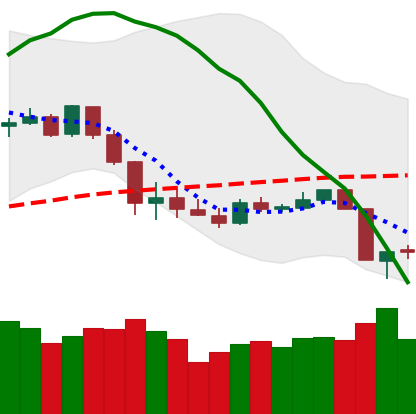
Ticker: XLM-USD
Chart end date: 2020-03-10
Forward return: -26.365%
Label: down_7plus